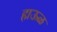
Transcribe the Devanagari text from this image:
हाऊळ